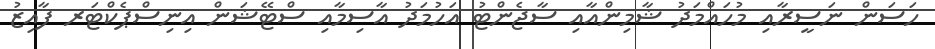
ހަސަން ނަސީރާއި މުހައްމަދު ޝާމިންއާއި ސާޖެންޓު އަހުމަދު އާސިމާއި ސްޓޭޝަން އިނިސްޕެކްޓަރ ފާއިޒު